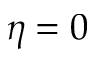
\eta = 0